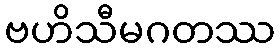
ဗဟိသီမဂတဿ